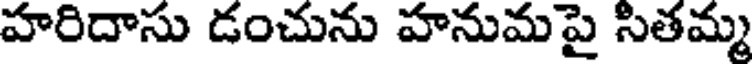
హరిదాసు డంచును హనుమపై సితమ్మ